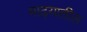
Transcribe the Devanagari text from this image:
माढ्यातील